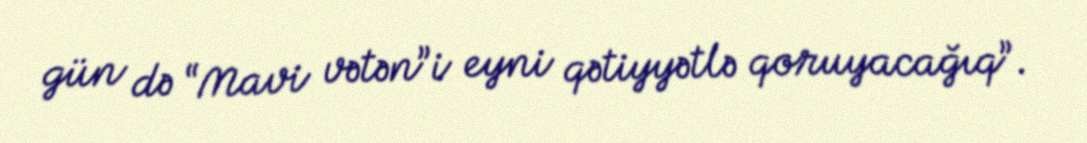
gün də “Mavi vətən”i eyni qətiyyətlə qoruyacağıq”.